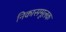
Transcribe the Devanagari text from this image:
निकासमूलक